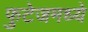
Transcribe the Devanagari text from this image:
फुटेजमध्ये